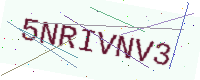
Text: 5NRIVNV3